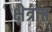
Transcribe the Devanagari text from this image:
क्षेत्राप्त